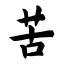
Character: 苦